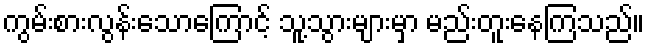
ကွမ်းစားလွန်းသောကြောင့် သူ့သွားများမှာ မည်းတူးနေကြသည်။